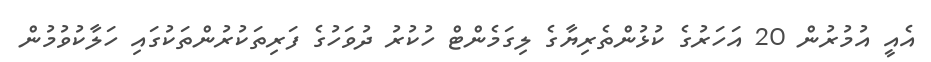
އެއީ އުމުރުން 20 އަހަރުގެ ކުޅުންތެރިޔާގެ ލިގަމެންޓް ހުކުރު ދުވަހުގެ ފަރިތަކުރުންތަކުގައި ހަލާކުވުމުން